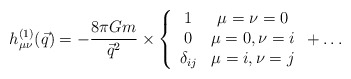
\begin{align*}h_{\mu\nu}^{(1)}(\vec{q})=-{8\pi Gm\over \vec{q}^2}\times\left\{\begin{array}{cc}1& \mu=\nu=0\\ 0&\mu=0,\nu=i\\\delta_{ij}&\mu=i,\nu=j\end{array}\right.+\ldots\end{align*}